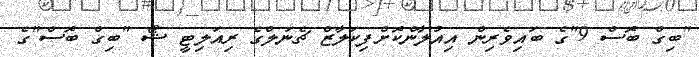
"ބިގް ބޮސް 9"ގެ ބައިވެރިން އިއުލާންކޮށްފިކަލާޒް ޗެނަލްގެ ރިއަލިޓީ ޝޯ "ބިގް ބޮސް"ގެ